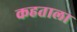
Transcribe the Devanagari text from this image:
कहताला